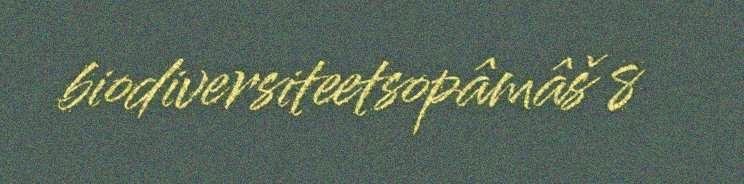
biodiversiteetsopâmâš 8